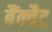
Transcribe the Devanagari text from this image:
बैंक्वैट